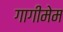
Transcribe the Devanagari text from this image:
गागीमेम